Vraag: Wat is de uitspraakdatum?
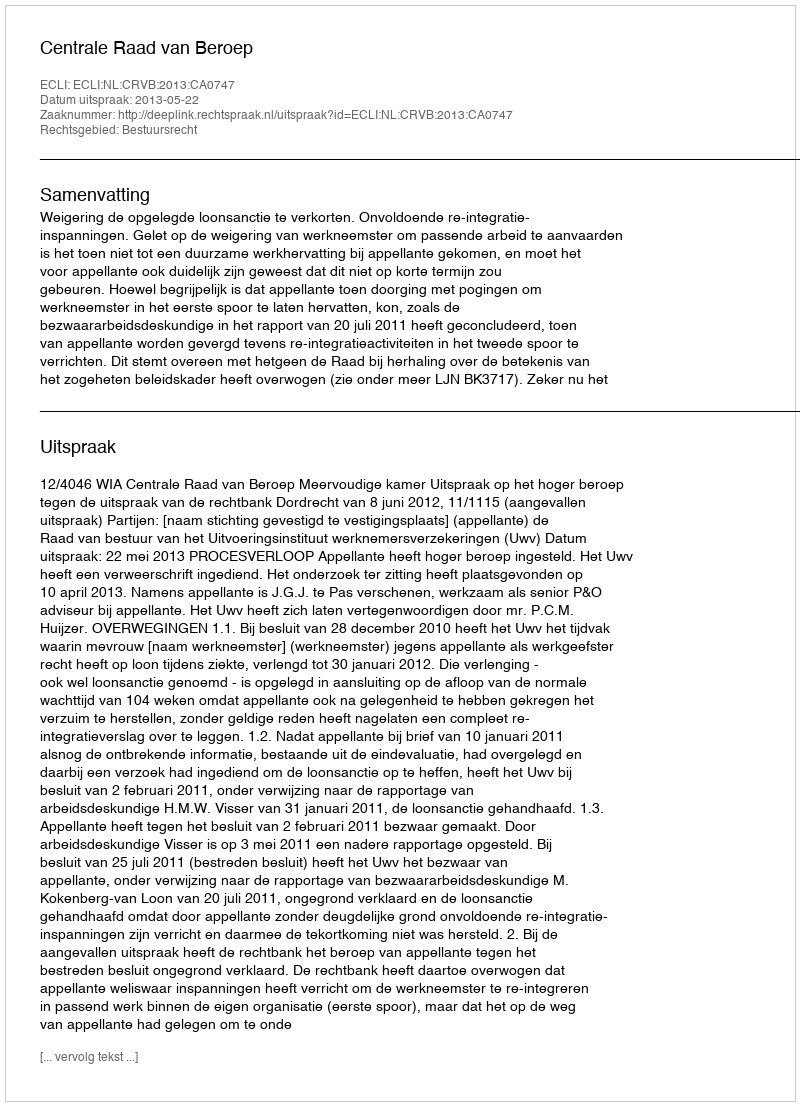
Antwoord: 2013-05-22